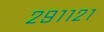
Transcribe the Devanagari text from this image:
२९११२१